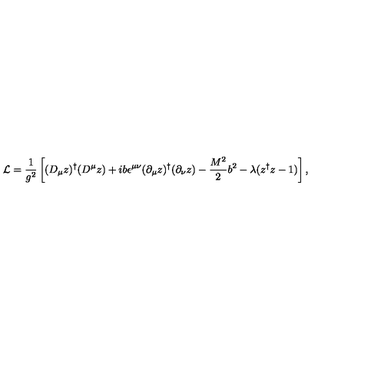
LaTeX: { \cal L } = \frac { 1 } { g ^ { 2 } } \left[ ( D _ { \mu } z ) ^ { \dagger } ( D ^ { \mu } z ) + i b \epsilon ^ { \mu \nu } ( \partial _ { \mu } z ) ^ { \dagger } ( \partial _ { \nu } z ) - \frac { M ^ { 2 } } { 2 } b ^ { 2 } - \lambda ( z ^ { \dagger } z - 1 ) \right] ,